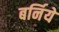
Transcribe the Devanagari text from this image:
बर्निये